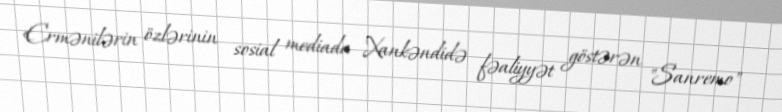
Ermənilərin özlərinin sosial mediada Xankəndidə fəaliyyət göstərən "Sanremo"